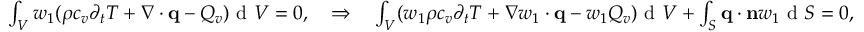
\begin{array} { r } { \int \displaylimits _ { V } w _ { 1 } ( \rho c _ { v } \partial _ { t } T + \nabla \cdot \mathbf q - Q _ { v } ) \textrm { d } V = 0 , \quad \Rightarrow \quad \int \displaylimits _ { V } ( w _ { 1 } \rho c _ { v } \partial _ { t } T + \nabla w _ { 1 } \cdot \mathbf q - w _ { 1 } Q _ { v } ) \textrm { d } V + \int \displaylimits _ { S } \mathbf q \cdot \mathbf n w _ { 1 } \textrm { d } S = 0 , } \end{array}